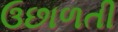
ઉછાળતી